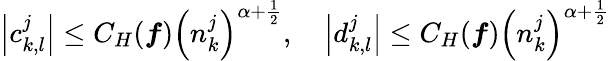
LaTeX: \left\vert c_{k,l}^{j}\right\vert\leq C_{H}(\boldsymbol{f})\left(n_{k}^{j}\right)^{\alpha+\frac{1}{2}},\quad\left\vert d_{k,l}^{j}\right\vert\leq C_{H}(\boldsymbol{f})\left(n_{k}^{j}\right)^{\alpha+\frac{1}{2}}